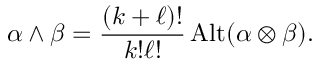
\alpha \wedge \beta = { \frac { ( k + \ell ) ! } { k ! \ell ! } } \operatorname { A l t } ( \alpha \otimes \beta ) .